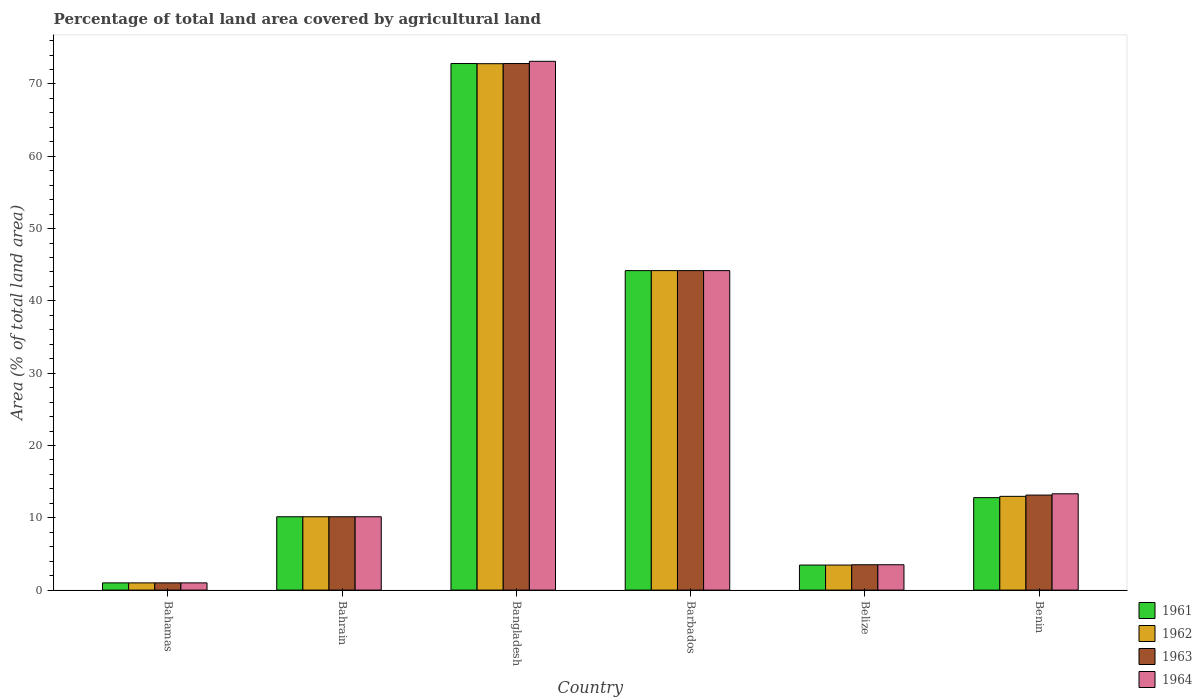
| Country | 1961 | 1962 | 1963 | 1964 |
 | --- | --- | --- | --- | --- |
 | Bahamas | 0.999 | 0.999 | 0.999 | 0.999 |
 | Bahrain | 10.1 | 10.1 | 10.1 | 10.1 |
 | Bangladesh | 72.8 | 72.8 | 72.8 | 73.1 |
 | Barbados | 44.2 | 44.2 | 44.2 | 44.2 |
 | Belize | 3.46 | 3.46 | 3.51 | 3.51 |
 | Benin | 12.8 | 13 | 13.1 | 13.3 |